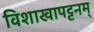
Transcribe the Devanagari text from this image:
विशाखापट्टनम्